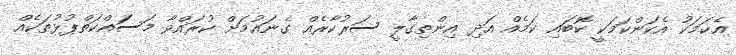
އެކަމަކު އެކަންކަމަކީ ކޮބައި ކަމެއް އަދި އިންތިގާލީ ސަރުކާރެއް ގެނައުމަށް ކުރައްވާ މަސައްކަތްޕުޅުތަކެއް